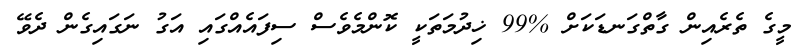
މީގެ ތެރެއިން ގާތްގަނޑަކަށް %99 ޚިދުމަތަކީ ކޮންމެވެސް ސިފައެއްގައި އަގު ނަގައިގެން ދެވޭ